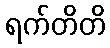
ရက်တိတိ